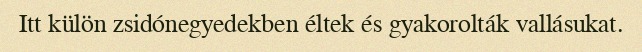
Itt külön zsidónegyedekben éltek és gyakorolták vallásukat.